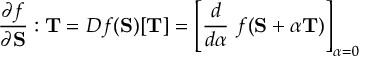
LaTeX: { \frac { \partial f } { \partial \mathbf { S } } } : \mathbf { T } = D f ( \mathbf { S } ) [ \mathbf { T } ] = \left[ { \frac { d } { d \alpha } } ~ f ( \mathbf { S } + \alpha \mathbf { T } ) \right] _ { \alpha = 0 }